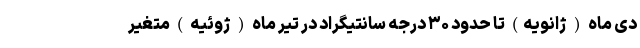
دی ماه ( ژانویه) تا حدود ۳۰ درجه سانتیگراد در تیر ماه ( ژوئیه ) متغیر